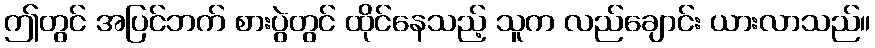
ဤတွင် အပြင်ဘက် စားပွဲတွင် ထိုင်နေသည့် သူက လည်ချောင်း ယားလာသည်။